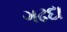
ગઢદા